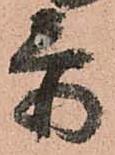
忝